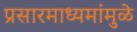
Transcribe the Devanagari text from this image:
प्रसारमाध्यमांमुळे